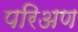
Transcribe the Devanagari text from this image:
परिअण